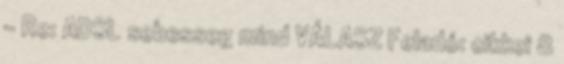
- Re: ADSL sebesseg mind VÁLASZ Feladó: cikkei 8